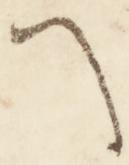
へ